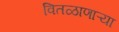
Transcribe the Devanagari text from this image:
वितळाणाऱ्या